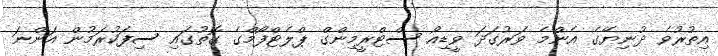
އިތުރުވެ ދުނިޔޭގެ އެންމެ ވަރުގަދަ ވީޑިއޯ ސްޓްރީމިންގް ޕްލެޓްފޯމްގެ ގޮތުގައި ސިފަކުރަމުން އަންނަ